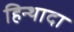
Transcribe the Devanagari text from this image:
हिन्थादा